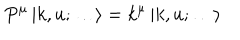
P ^ { \mu } \left| k , u ; \dots \right> = k ^ { \mu } \left| k , u ; \dots \right>